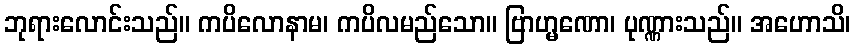
ဘုရားလောင်းသည်။ ကပိလောနာမ၊ ကပိလမည်သော။ ဗြာဟ္မဏော၊ ပုဏ္ဏားသည်။ အဟောသိ၊